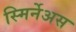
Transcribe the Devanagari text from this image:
स्मिर्नेअस